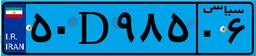
۵۰D۹۸۵۰۶